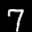
Label: 7